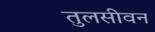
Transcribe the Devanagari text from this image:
तुलसीवन